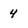
Character: 4